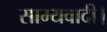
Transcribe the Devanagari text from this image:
साम्यवादी।